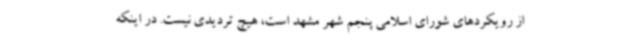
از رویکردهای شورای اسلامی پنجم شهر مشهد است، هیچ تردیدی نیست. در اینکه